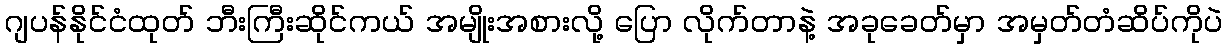
ဂျပန်နိုင်ငံထုတ် ဘီးကြီးဆိုင်ကယ် အမျိုးအစားလို့ ပြော လိုက်တာနဲ့ အခုခေတ်မှာ အမှတ်တံဆိပ်ကိုပဲ